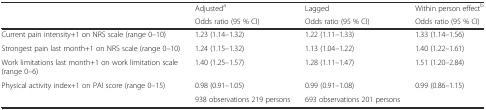
<table><thead><tr><td></td><td><b>Adjusted<sup>a</sup></b></td><td><b>Lagged</b></td><td><b>Within person effect<sup>b</sup></b></td></tr><tr><td></td><td><b>Odds ratio (95 % CI)</b></td><td><b>Odds ratio (95 % CI)</b></td><td><b>Odds ratio (95 % CI)</b></td></tr></thead><tbody><tr><td>Current pain intensity+1 on NRS scale (range 0–10)</td><td>1.23 (1.14–1.32)</td><td>1.22 (1.11–1.33)</td><td>1.33 (1.14–1.56)</td></tr><tr><td>Strongest pain last month+1 on NRS scale (range 0–10)</td><td>1.24 (1.15–1.32)</td><td>1.13 (1.04–1.22)</td><td>1.40 (1.22–1.61)</td></tr><tr><td>Work limitations last month+1 on work limitation scale (range 0–6)</td><td>1.40 (1.25–1.57)</td><td>1.28 (1.11–1.47)</td><td>1.51 (1.20–2.84)</td></tr><tr><td>Physical activity index+1 on PAI score (range 0–15)</td><td>0.98 (0.91–1.05)</td><td>0.99 (0.91–1.08)</td><td>0.99 (0.86–1.15)</td></tr><tr><td></td><td>938 observations 219 persons</td><td>693 observations 201 persons</td><td></td></tr></tbody></table>